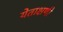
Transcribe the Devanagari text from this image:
येताक्षणी